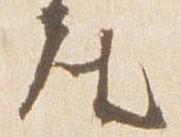
座